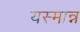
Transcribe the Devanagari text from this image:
यस्मान्न